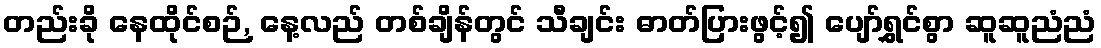
တည်းခို နေထိုင်စဉ်, နေ့လည် တစ်ချိန်တွင် သီချင်း ဓာတ်ပြားဖွင့်၍ ပျော်ရွှင်စွာ ဆူဆူညံညံ